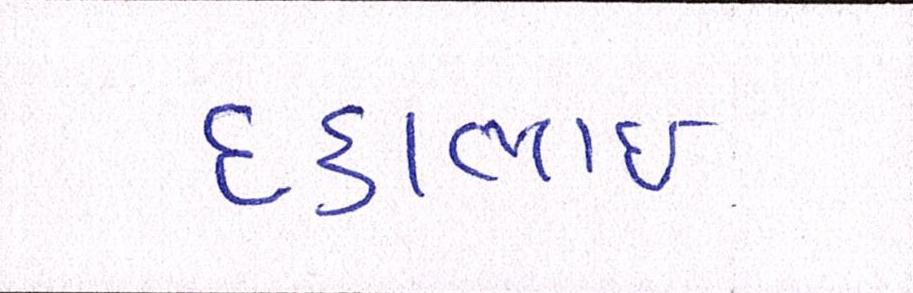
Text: દકાભાઈ